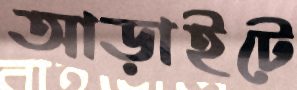
আড়াইটে